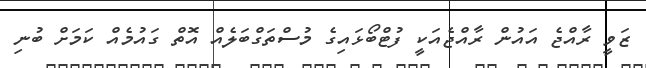
ޒަވީ ރާއްޖެ އައުން ރާއްޖެއަކީ ފުޓްބޯޅައިގެ މުސްތަގްބަލެއް އޮތް ގައުމެއް ކަމަށް ބުނި